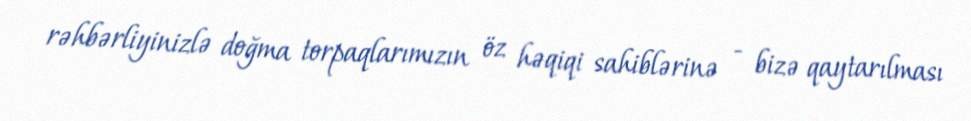
rəhbərliyinizlə doğma torpaqlarımızın öz həqiqi sahiblərinə - bizə qaytarılması